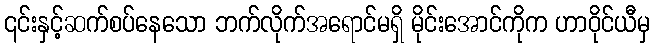
၎င်းနှင့်ဆက်စပ်နေသော ဘက်လိုက်အရောင်မရှိ မိုင်းအောင်ကိုက ဟာဝိုင်ယီမှ